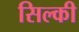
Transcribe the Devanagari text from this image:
सिल्की